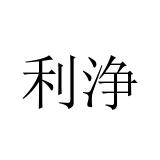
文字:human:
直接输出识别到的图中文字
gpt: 利浄